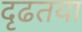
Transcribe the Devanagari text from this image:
दृढतया